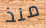
منذ